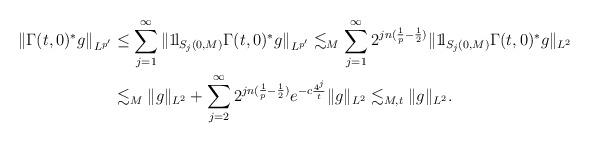
LaTeX: \begin{align*}\|\Gamma(t,0)^*g\|_{L^{p'}}&\leq \sum_{j=1}^{\infty} \|1\!{\rm l}_{S_j(0,M)}\Gamma(t,0)^*g\|_{L^{p'}}\lesssim_M \sum_{j=1}^{\infty} 2^{jn(\frac{1}{p}-\frac{1}{2})} \|1\!{\rm l}_{S_j(0,M)}\Gamma(t,0)^*g\|_{L^2}\\&\lesssim_M \|g\|_{L^2}+\sum_{j=2}^{\infty} 2^{jn(\frac{1}{p}-\frac{1}{2})}e^{-c\frac{4^{j}}{t}}\|g\|_{L^2}\lesssim_{M,t} \|g\|_{L^2}.\end{align*}